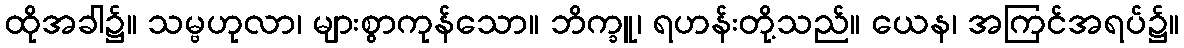
ထိုအခါ၌။ သမ္ဗဟုလာ၊ များစွာကုန်သော။ ဘိက္ခူ၊ ရဟန်းတို့သည်။ ယေန၊ အကြင်အရပ်၌။